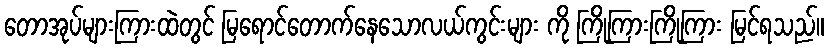
တောအုပ်များကြားထဲတွင် မြရောင်တောက်နေသောလယ်ကွင်းများ ကို ကြိုကြားကြိုကြား မြင်ရသည်။